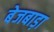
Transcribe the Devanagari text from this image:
बेजबाड़ा